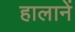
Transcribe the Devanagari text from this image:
हालानें